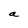
Character: a